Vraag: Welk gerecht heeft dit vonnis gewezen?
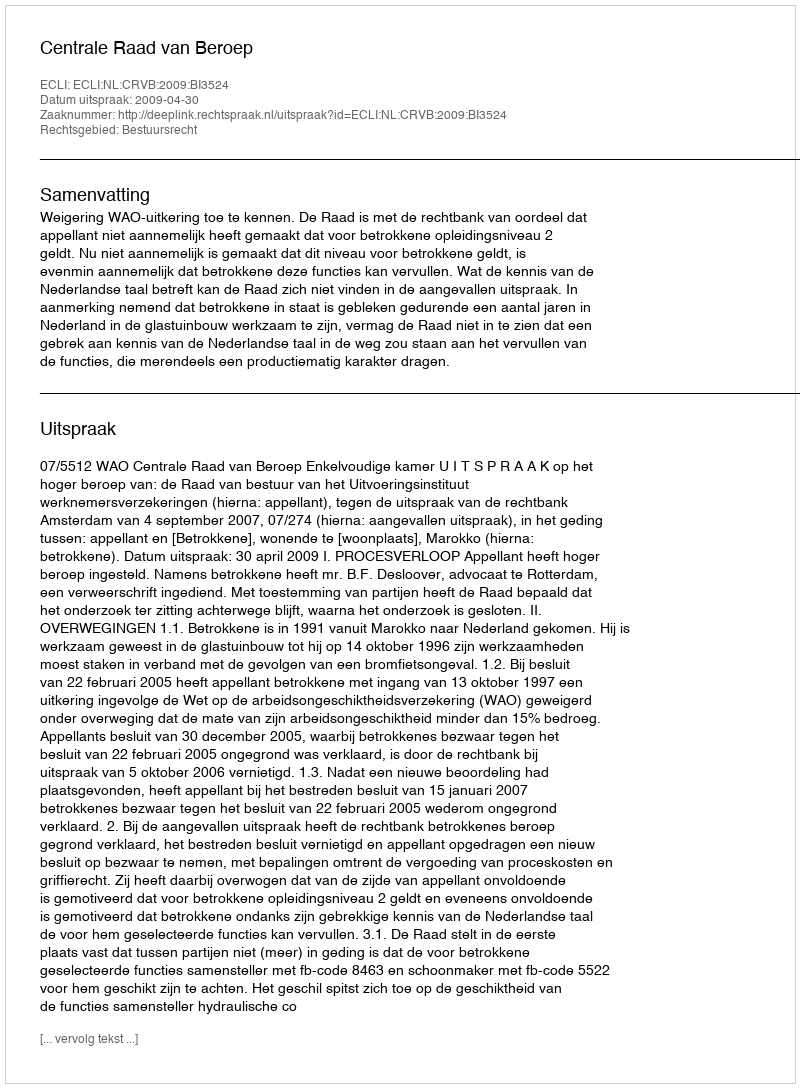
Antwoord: Centrale Raad van Beroep